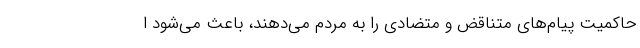
حاکمیت پیام‌های متناقض و متضادی را به مردم می‌دهند، باعث می‌شود ا